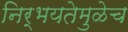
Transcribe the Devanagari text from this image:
निर्भयतेमुळेच